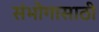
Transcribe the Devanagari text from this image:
संभोगासाठी